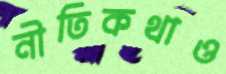
নীতিকথাও